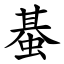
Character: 蜝